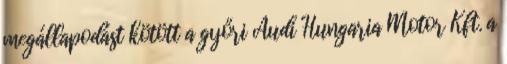
megállapodást kötött a győri Audi Hungaria Motor Kft. a